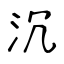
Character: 沉